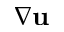
\nabla { \bf u }